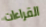
القراءات